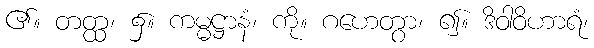
၏။ တတ္ထ၊ ၌။ ကမ္မဋ္ဌာနံ၊ ကို။ ဂဟေတွာ၊ ၍။ ဒိဝါဝိဟာရံ၊